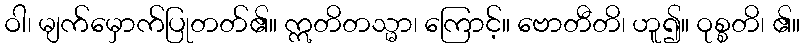
ဝါ၊ မျက်မှောက်ပြုတတ်၏။ ဣတိတသ္မာ၊ ကြောင့်။ ဗောတီတိ၊ ဟူ၍။ ဝုစ္စတိ၊ ၏။